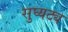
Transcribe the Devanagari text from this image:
सुघ्यट्य